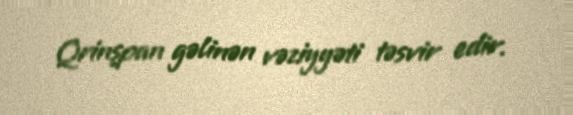
Qrinşpan gəlinən vəziyyəti təsvir edir.